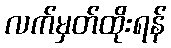
လက်မှတ်ထိုးရန်